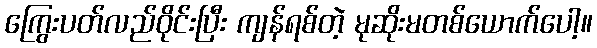
ကြွေးပတ်လည်ဝိုင်းပြီး ကျန်ရစ်တဲ့ မုဆိုးမတစ်ယောက်ပေါ့။